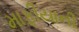
માફીયાની